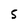
Character: S